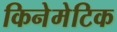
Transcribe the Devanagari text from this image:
किनेमेटिक